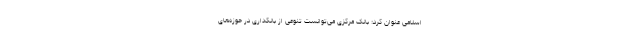
اسلامی عنوان کرد: بانک مرکزی می‌توانست تنوعی از بانکداری در حوزه‌های